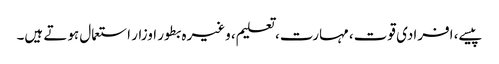
پیسے، افرادی قوت، مہارت، تعلیم، وغیرہ بطور اوزار استعمال ہوتے ہیں۔